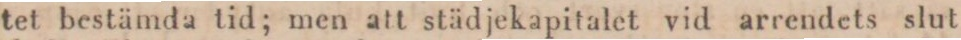
tet bestämda tid; men att städjekapitalet vid arrendets slut